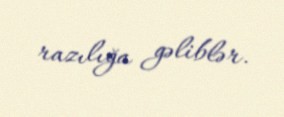
razılığa gəliblər.